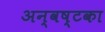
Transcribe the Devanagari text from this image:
अन्वष्टका